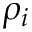
\rho _ { i }